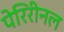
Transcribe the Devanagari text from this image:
पेरिरीनल